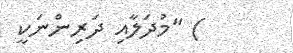
) "މުދަލާއި ދަރިންނަކީ